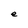
Character: e